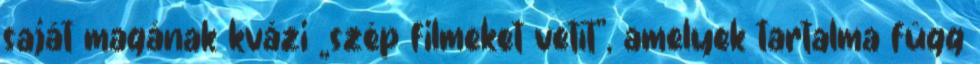
saját magának kvázi „szép filmeket vetít”, amelyek tartalma függ